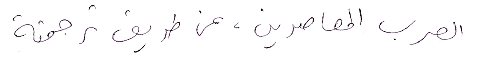
العرب المعاصرين، عن طريق ترجمته